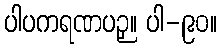
ပါပကရဏပဉှ။ ပါ-၉၀။